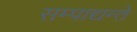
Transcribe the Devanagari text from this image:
सम्पाद्यन्ते